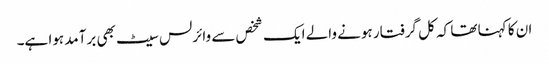
ان کا کہنا تھا کہ کل گرفتار ہونے والے ایک شخص سے وائرلس سیٹ بھی برآمد ہوا ہے۔